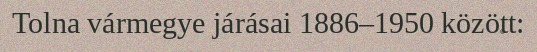
Tolna vármegye járásai 1886–1950 között: